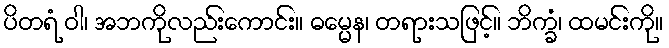
ပိတရံ ဝါ၊ အဘကိုလည်းကောင်း။ ဓမ္မေန၊ တရားသဖြင့်။ ဘိက္ခံ၊ ထမင်းကို။